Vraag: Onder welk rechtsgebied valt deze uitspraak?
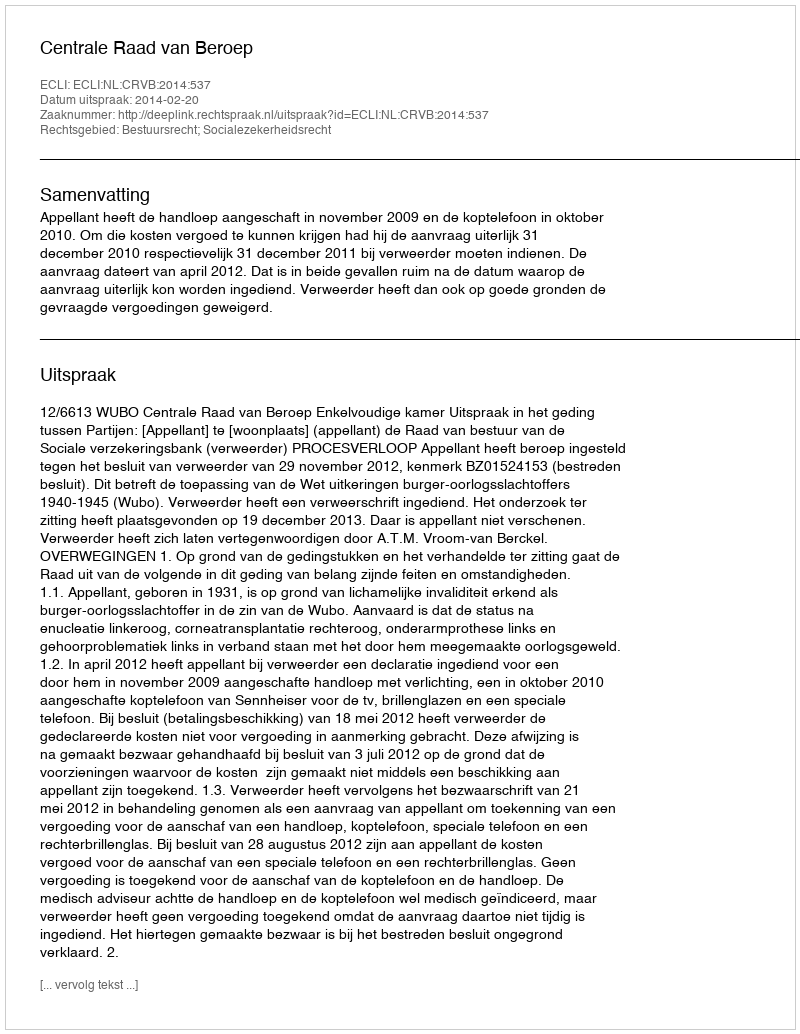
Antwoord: Bestuursrecht; Socialezekerheidsrecht